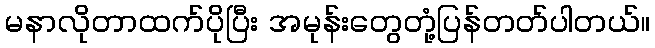
မနာလိုတာထက်ပိုပြီး အမုန်းတွေတုံ့ပြန်တတ်ပါတယ်။